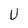
Character: U